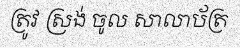
ត្រូវ ស្រង់ ចូល សាលាប័ត្រ